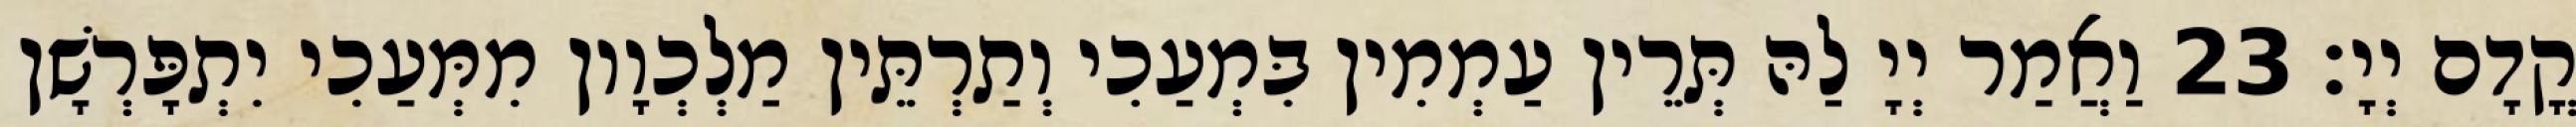
קֳדָם יְיָ׃ 23 וַאֲמַר יְיָ לַהּ תְּרֵין עַמְמִין בִּמְעַכִי וְתַרְתֵּין מַלְכְוָון מִמְּעַכִי יִתְפָּרְשָׁן